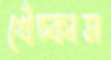
খেঁচ্‌কাস